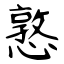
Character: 憝